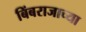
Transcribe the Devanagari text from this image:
बिंबराजाच्या